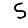
Digit: 5